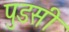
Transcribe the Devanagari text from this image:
पुडसी